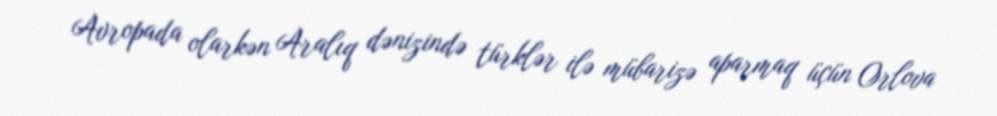
Avropada olarkən Aralıq dənizində türklər ilə mübarizə aparmaq üçün Orlova